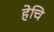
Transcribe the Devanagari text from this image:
हेचि